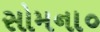
સોમના૦